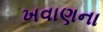
ખવાણના